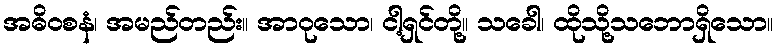
အဓိဝစနံ၊ အမည်တည်း။ အာဝုသော၊ ငါ့ရှင်တို့။ သခေါ၊ ထိုသို့သဘောရှိသော။